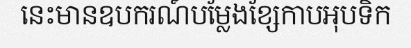
នេះមានឧបករណ៍បម្លែងខ្សែកាបអុបទិក